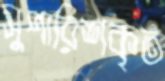
সুপারিশকৃত